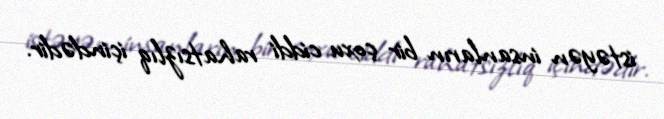
istəyən insanların bir çoxu ciddi rahatsızlıq içindədir.